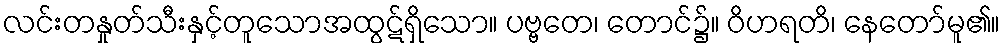
လင်းတနှုတ်သီးနှင့်တူသောအထွဋ်ရှိသော။ ပဗ္ဗတေ၊ တောင်၌။ ဝိဟရတိ၊ နေတော်မူ၏။